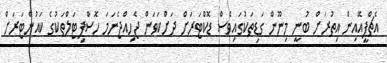
އެޗްޕީއޭއިން އިތުރަށް ބުނީ މިނޫން ގަޑިތަކުގައިވެސް ޑޮކްޓަރަށް ދަށްކަވަން ޖެހިއްޖެނަމަ ހޮސްޕިޓަލްތަކުގެ ކައުންޓަރަށް